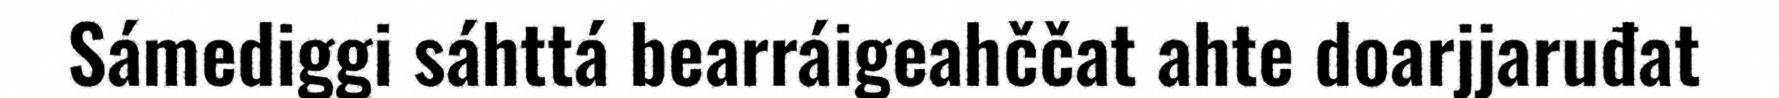
Sámediggi sáhttá bearráigeahččat ahte doarjjaruđat